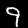
Label: 9